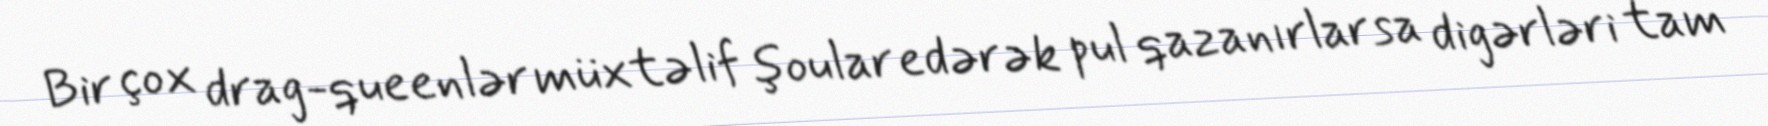
Bir çox drag-queenlər müxtəlif şoular edərək pul qazanırlarsa digərləri tam